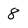
Character: 8